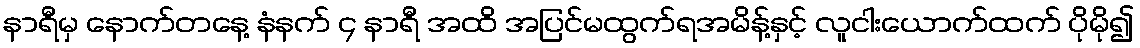
နာရီမှ နောက်တနေ့ နံနက် ၄ နာရီ အထိ အပြင်မထွက်ရအမိန့်နှင့် လူငါးယောက်ထက် ပိုမို၍